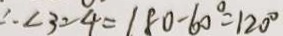
\therefore \angle 3 = 4 = 1 8 0 - 6 0 ^ { \circ } = 1 2 0 ^ { \circ }